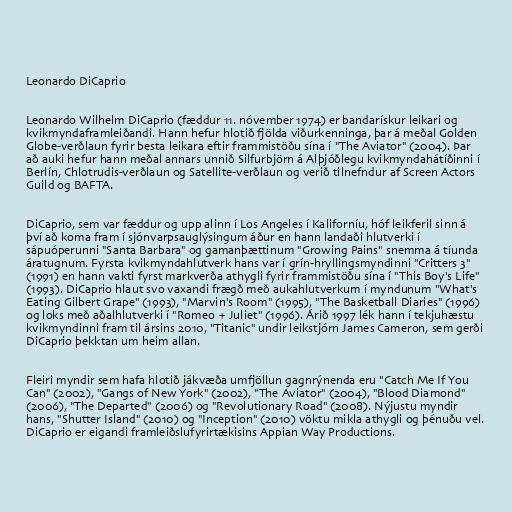
Leonardo DiCaprio

Leonardo Wilhelm DiCaprio (fæddur 11. nóvember 1974) er bandarískur leikari og
kvikmyndaframleiðandi. Hann hefur hlotið fjölda viðurkenninga, þar á meðal Golden
Globe-verðlaun fyrir besta leikara eftir frammistöðu sína í "The Aviator" (2004). Þar
að auki hefur hann meðal annars unnið Silfurbjörn á Alþjóðlegu kvikmyndahátíðinni í
Berlín, Chlotrudis-verðlaun og Satellite-verðlaun og verið tilnefndur af Screen Actors
Guild og BAFTA.

DiCaprio, sem var fæddur og upp alinn í Los Angeles í Kaliforníu, hóf leikferil sinn á
því að koma fram í sjónvarpsauglýsingum áður en hann landaði hlutverki í
sápuóperunni "Santa Barbara" og gamanþættinum "Growing Pains" snemma á tíunda
áratugnum. Fyrsta kvikmyndahlutverk hans var í grín-hryllingsmyndinni "Critters 3"
(1991) en hann vakti fyrst markverða athygli fyrir frammistöðu sína í "This Boy's Life"
(1993). DiCaprio hlaut svo vaxandi frægð með aukahlutverkum í myndunum "What's
Eating Gilbert Grape" (1993), "Marvin's Room" (1995), "The Basketball Diaries" (1996)
og loks með aðalhlutverki í "Romeo + Juliet" (1996). Árið 1997 lék hann í tekjuhæstu
kvikmyndinni fram til ársins 2010, "Titanic" undir leikstjórn James Cameron, sem gerði
DiCaprio þekktan um heim allan.

Fleiri myndir sem hafa hlotið jákvæða umfjöllun gagnrýnenda eru "Catch Me If You
Can" (2002), "Gangs of New York" (2002), "The Aviator" (2004), "Blood Diamond"
(2006), "The Departed" (2006) og "Revolutionary Road" (2008). Nýjustu myndir
hans, "Shutter Island" (2010) og "Inception" (2010) vöktu mikla athygli og þénuðu vel.
DiCaprio er eigandi framleiðslufyrirtækisins Appian Way Productions.